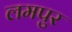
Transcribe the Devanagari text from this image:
लमपुर